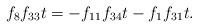
LaTeX: \begin{align*}f_8f_{33}t &= -f_{11}f_{34}t - f_1f_{31}t.\end{align*}